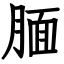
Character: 腼